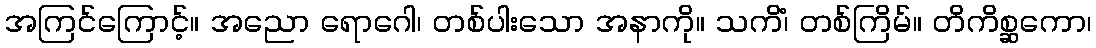
အကြင်ကြောင့်။ အညော ရောဂေါ၊ တစ်ပါးသော အနာကို။ သကိံ၊ တစ်ကြိမ်။ တိကိစ္ဆကော၊